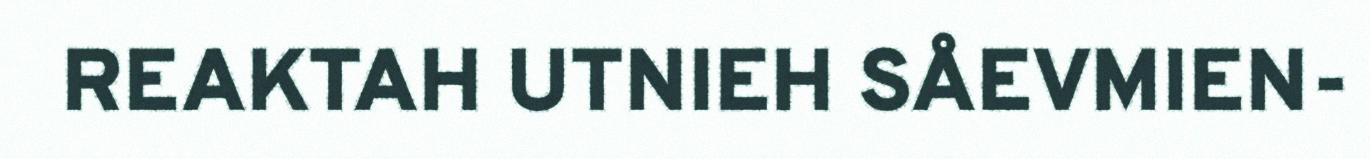
REAKTAH UTNIEH SÅEVMIEN-